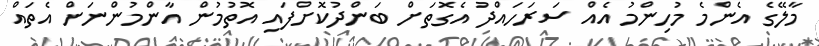
މާލޭގެ އެންމެ މުހިންމު އެއް ސަރަހައްދު އެގޮތަށް ބަންދުކޮށްފައި އޮތުމުން އާންމުންނަށް އެތައް